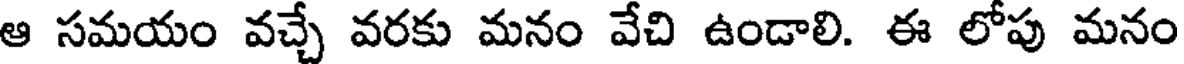
ఆ సమయం వచ్చే వరకు మనం వేచి ఉండాలి. ఈ లోపు మనం